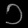
Digit: ၁